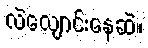
လဲလျောင်းနေဆဲ။